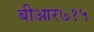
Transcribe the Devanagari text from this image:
बीआर७१५